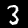
Label: 3